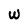
Character: W